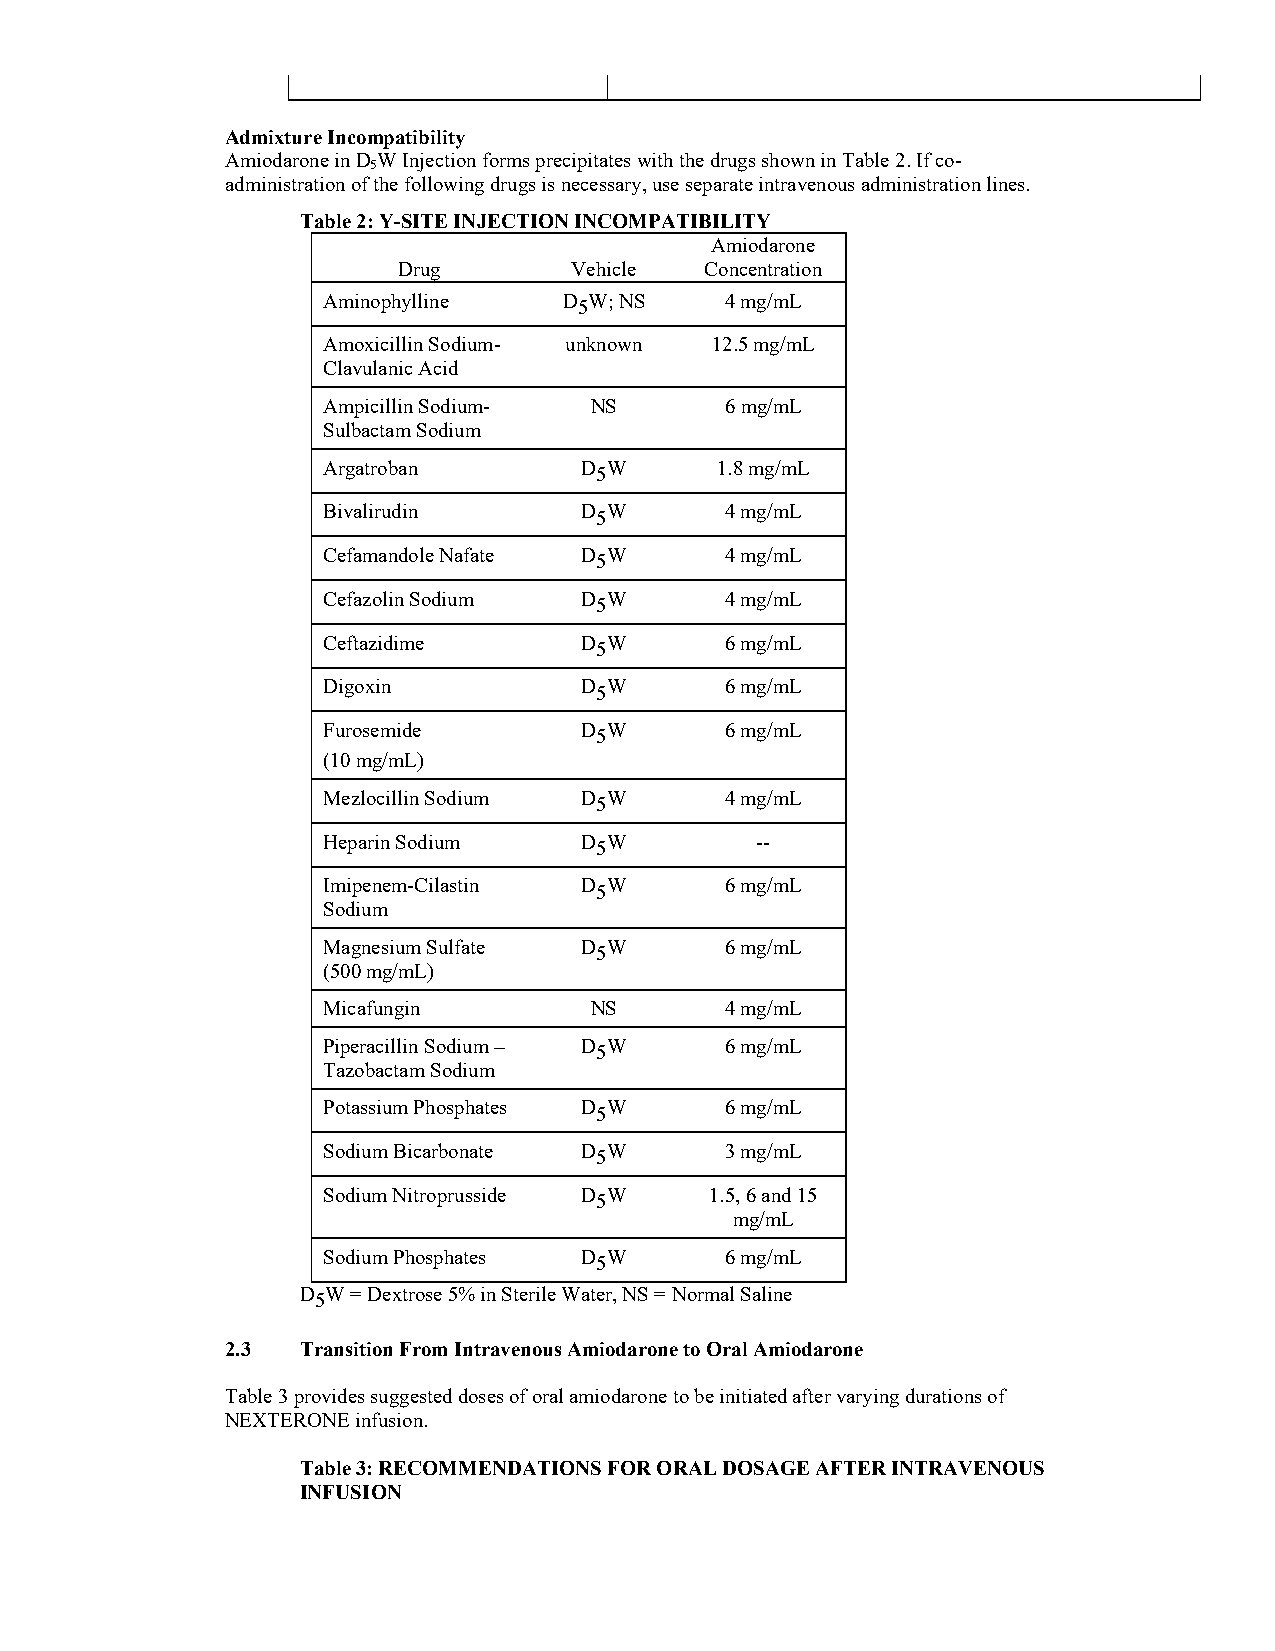
Admixture Incompatibility
 Amiodarone in D WInjectionforms precipitateswith the drugs shownin Table 2.If co-
 5
 administration of the following drugs is necessary, useseparate intravenous administration lines.
 Table 2: Y-SITE INJECTION INCOMPATIBILITY
 Amiodarone
 Drug        Vehicle  Concentration
 Aminophylline   D5W; NS    4 mg/mL
 Amoxicillin Sodium- unknown 12.5 mg/mL
 Clavulanic Acid
 Ampicillin Sodium- NS      6 mg/mL
 Sulbactam Sodium
 Argatroban       D5W      1.8 mg/mL
 Bivalirudin      D5W       4 mg/mL
 Cefamandole Nafate D5W     4 mg/mL
 Cefazolin Sodium D5W       4 mg/mL
 Ceftazidime      D5W       6 mg/mL
 Digoxin          D5W       6 mg/mL
 Furosemide       D5W       6 mg/mL
 (10 mg/mL)
 Mezlocillin Sodium D5W     4 mg/mL
 Heparin Sodium   D5W         --
 Imipenem-Cilastin D5W      6 mg/mL
 Sodium
 Magnesium Sulfate D5W      6 mg/mL
 (500 mg/mL)
 Micafungin        NS       4 mg/mL
 Piperacillin Sodium – D5W  6 mg/mL
 Tazobactam Sodium
 Potassium Phosphates D5W   6 mg/mL
 Sodium Bicarbonate D5W     3 mg/mL
 Sodium Nitroprusside D5W  1.5, 6 and 15
 mg/mL
 Sodium Phosphates D5W      6 mg/mL
 D5W= Dextrose 5% in Sterile Water, NS = Normal Saline
 2.3  Transition From Intravenous Amiodarone to Oral Amiodarone
 Table 3provides suggested doses of oral amiodarone to be initiated after varying durations of
 NEXTERONE infusion.
 Table 3: RECOMMENDATIONS FOR ORAL DOSAGE AFTER INTRAVENOUS
 INFUSION